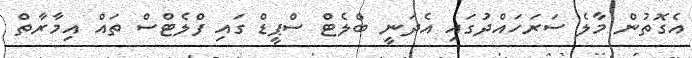
އެގޮތުން މާލެ ސަރަހައްދުގައި އެދަނީ ބްލެޓް ސްޕީޑް ގައި ފްލެޓްސް ތައް އިމާރާތް